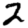
Digit: 2